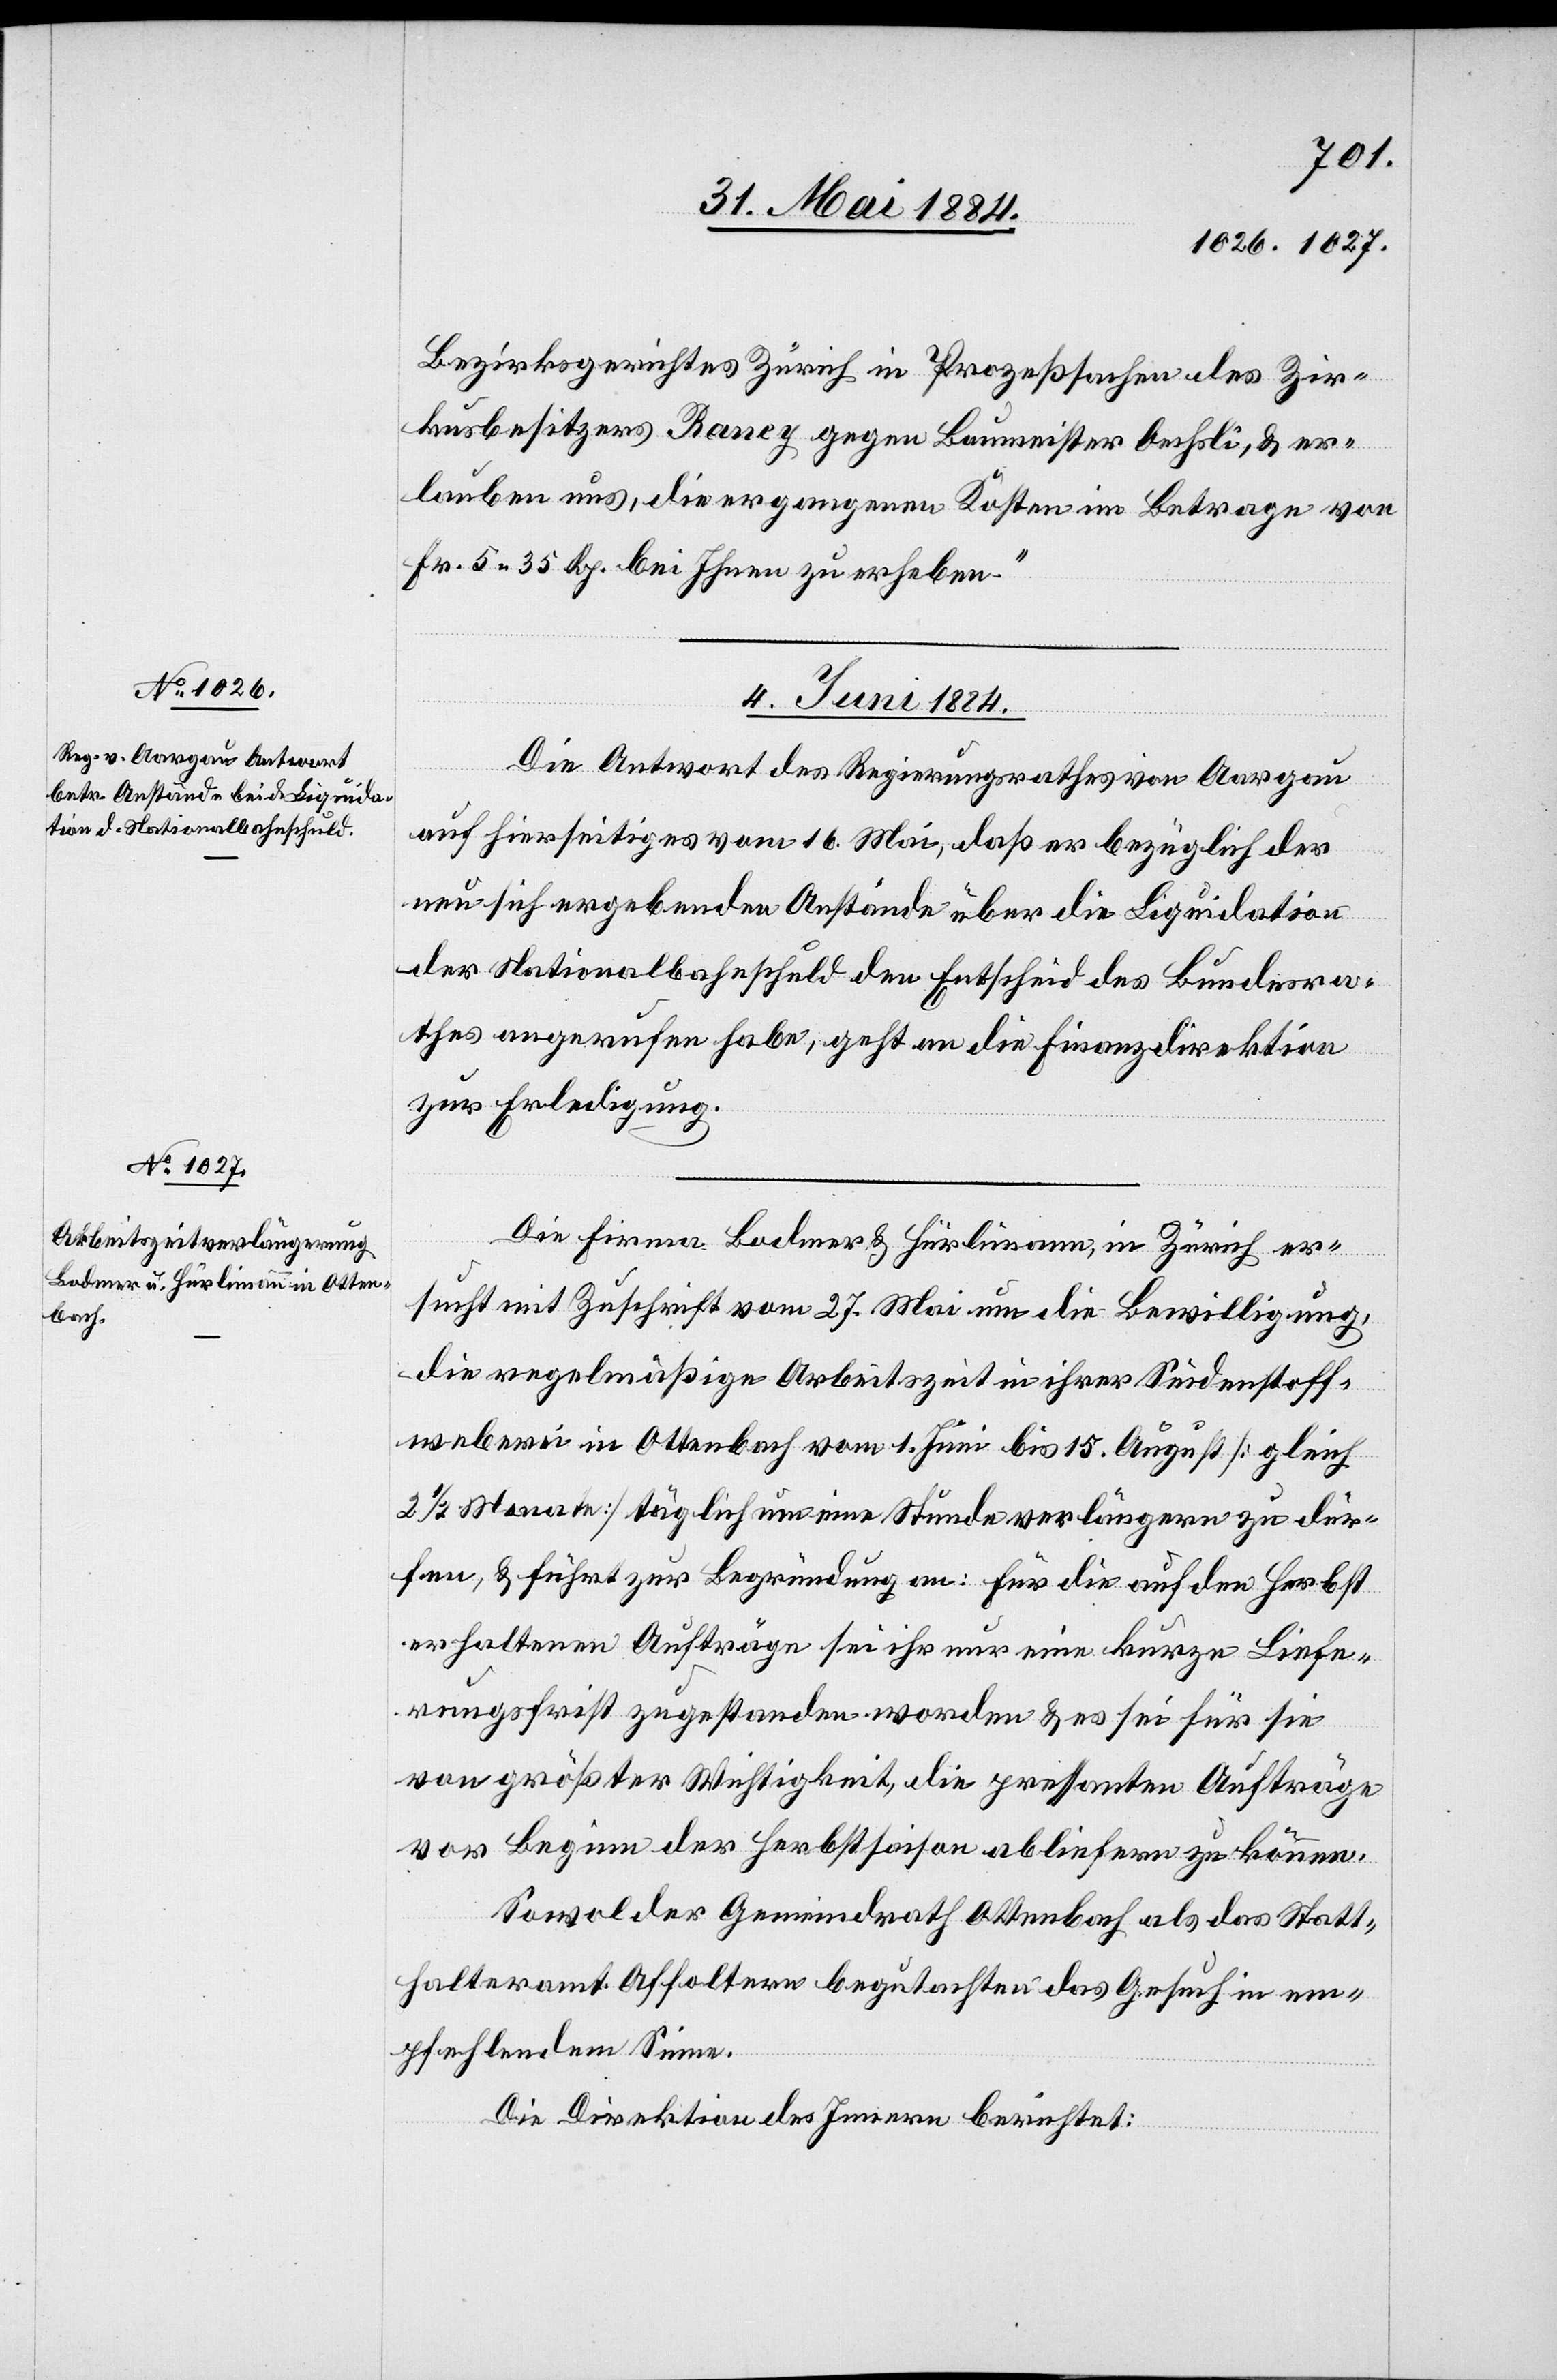
Bezirksgerichtes Zürich in Prozeßsachen des Zir¬
kusbesitzers Rancy gegen Baumeister Oechsli, & er¬
lauben uns, die ergangenen Kosten im Betrage von
Fr. 5 35 Rp. bei Ihnen zu erheben.“
04. Juni 1884.]
Die Antwort des Regierungsrathes von Aargau
auf hierseitiges vom 16. Mai, daß er bezüglich der
neu sich ergebenden Anstände über die Liquidation
der Nationalbahnschuld den Entscheid des Bundesra¬
thes angerufen habe, geht an die Finanzdirektion
zur Erledigung.
Die Firma Bodmer & Hürlimann, in Zürich er¬
sucht mit Zuschrift vom 27. Mai um die Bewilligung,
die regelmäßige Arbeitszeit in ihrer Seidenstoff¬
weberei in Ottenbach vom 1. Juni bis 15. August [gleich
2 1/2 Monate] täglich um eine Stunde verlängern zu dür¬
fen, & führt zur Begründung an: für die auf den Herbst
erhaltenen Aufträge sei ihr nur eine kurze Liefe¬
rungsfrist zugestanden worden & es sei für sie
von größter Wichtigkeit, die pressanten Aufträge
vor Beginn der Herbstsaison abliefern zu können.
Sowol der Gemeindrath Ottenbach als das Statt¬
halteramt Affoltern begutachten das Gesuch in em¬
pfehlendem Sinne.
Die Direktion des Innern berichtet: